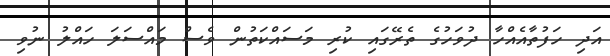
އަދި ހަފުތާއެއްހާ ދުވަހުގެ ތެރޭގައި ކުރި މަސައްކަތުން ވެސް މައްސަލަ ހައްލު ނުވި